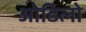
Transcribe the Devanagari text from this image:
ओडिलो